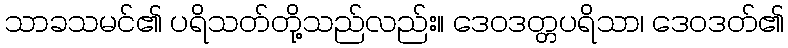
သာခသမင်၏ ပရိသတ်တို့သည်လည်း။ ဒေဝဒတ္တပရိသာ၊ ဒေဝဒတ်၏